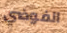
الفوضي